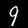
Label: 9